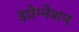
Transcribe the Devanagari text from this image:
इप्रेग्नेशन